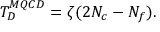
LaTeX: T _ { D } ^ { M Q C D } = \zeta ( 2 N _ { c } - N _ { f } ) .